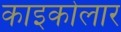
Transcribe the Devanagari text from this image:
काइकोलार